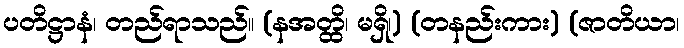
ပတိဋ္ဌာနံ၊ တည်ရာသည်။ (နအတ္ထိ၊ မရှိ၊) (တနည်းကား) (ဇာတိယာ၊